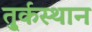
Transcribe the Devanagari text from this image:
तु्र्कस्थान